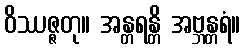
ဝိဿဇ္ဇတု။ အန္တရန္တိ အဗ္ဘန္တရံ။